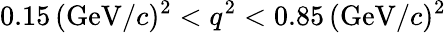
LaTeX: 0.15\, (\mathrm{GeV}/c)^{2}<q^{2}<0.85\, (\mathrm{GeV}/c)^{2}